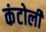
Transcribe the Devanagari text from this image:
कंटोली